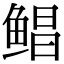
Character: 鲳